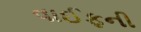
વાઈફની